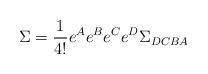
LaTeX: \begin{align*}\Sigma = \frac{1}{4!}e^{A}e^{B}e^{C}e^{D}\Sigma_{DCBA}\end{align*}